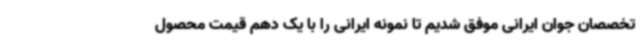
تخصصان جوان ایرانی موفق شدیم تا نمونه ایرانی را با یک دهم قیمت محصول